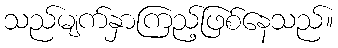
သည်မျက်နှာကြည့်ဖြစ်နေသည်။